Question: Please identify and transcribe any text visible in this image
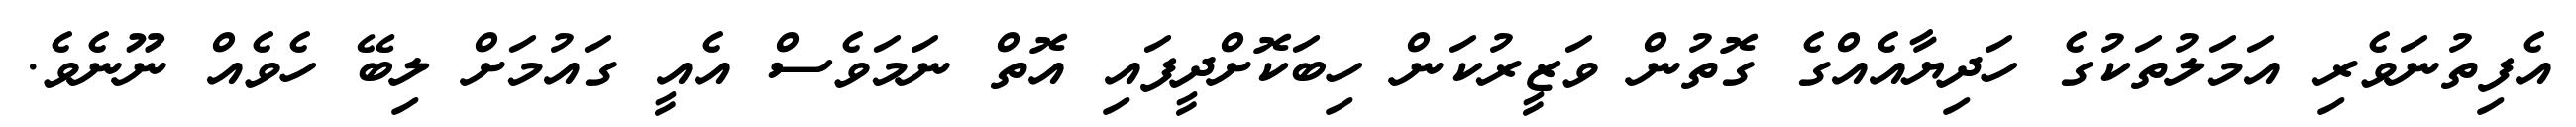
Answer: އެފިތުނަވެރި އަމަލުތަކުގެ ހަދިޔާއެއްގެ ގޮތުން ވަޒީރުކަން ހިބަކޮށްދީފައި އޮތް ނަމަވެސް އެއީ ގައުމަށް ލިބޭ ހެވެއް ނޫނެވެ.